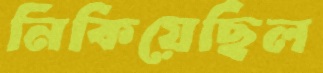
নিকিয়েছিল